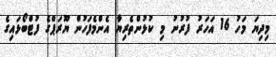
މިދިޔަ މަހު 16 އަހަރު ފުރުނު މި ކުޅުންތެރިޔާ އެންމެފަހުން ޔޫރަޕްގެ ފުޓްބޯޅައިގެ